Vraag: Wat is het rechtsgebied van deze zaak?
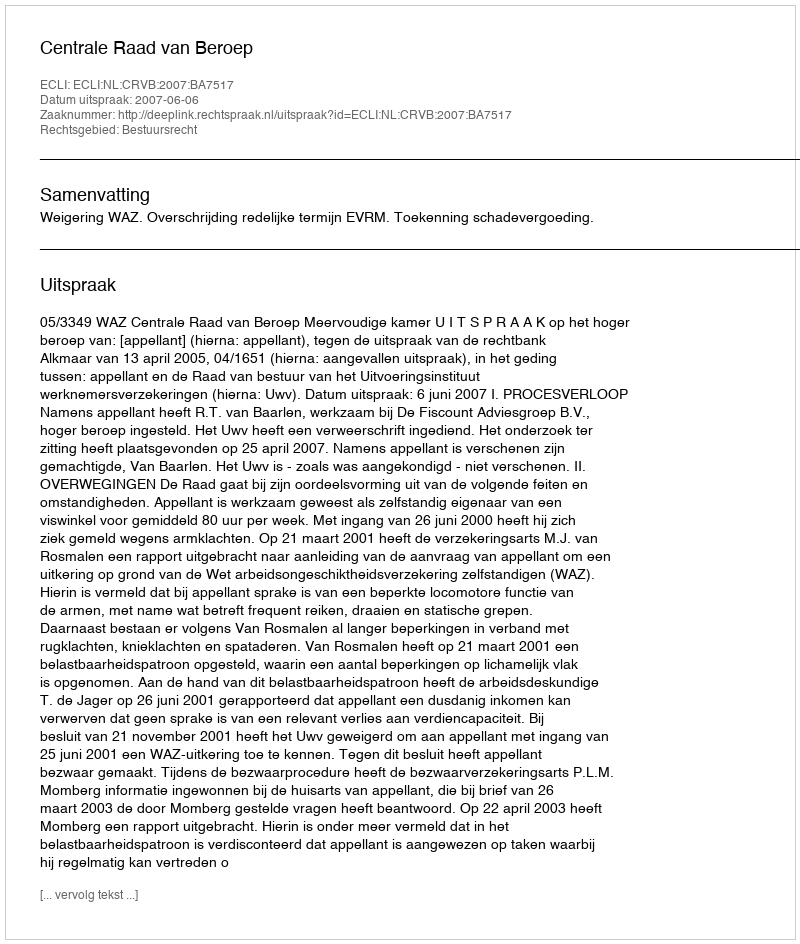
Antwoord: Bestuursrecht